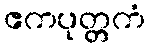
ဧကပုတ္တကံ